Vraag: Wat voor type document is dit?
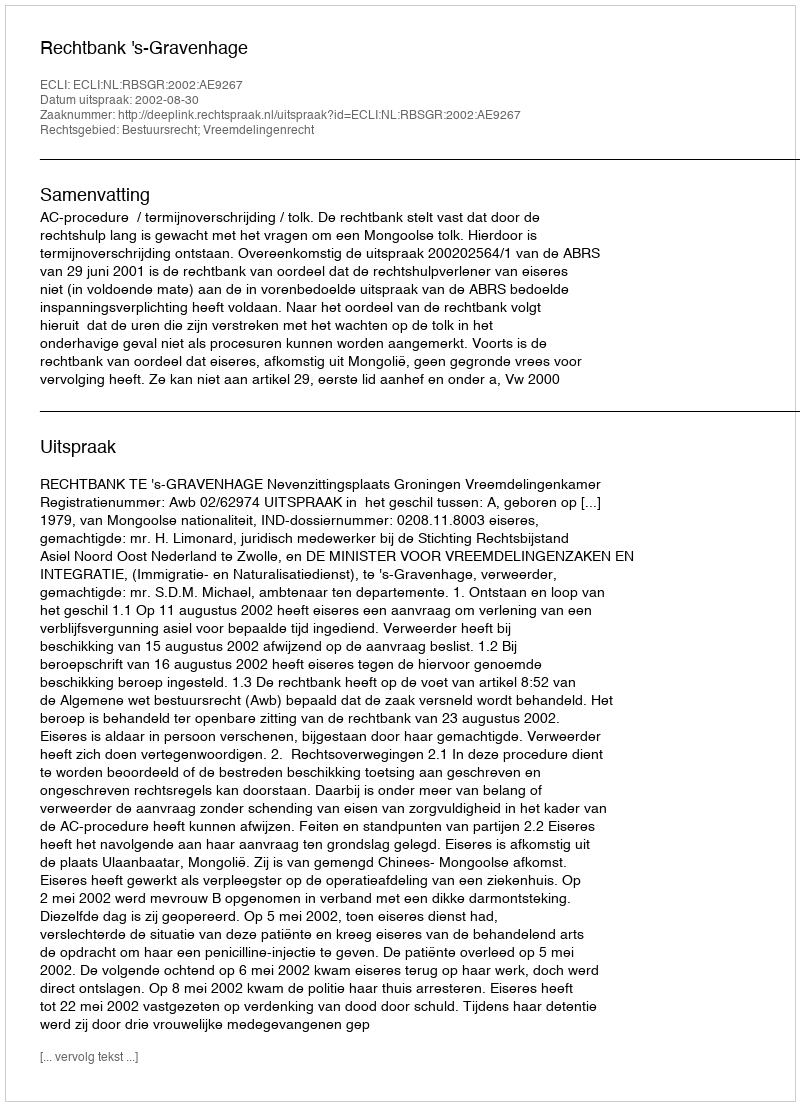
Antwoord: Uitspraak